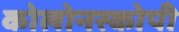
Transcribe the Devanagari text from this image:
कोलोनस्कोपी